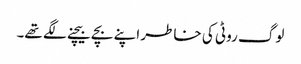
لوگ روٹی کی خاطر اپنے بچے بیچنے لگے تھے۔